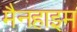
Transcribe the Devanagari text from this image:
मैनहाइम